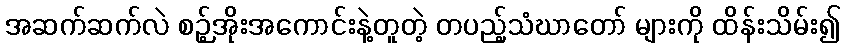
အဆက်ဆက်လဲ စဉ့်အိုးအကောင်းနဲ့တူတဲ့ တပည့်သံဃာတော် များကို ထိန်းသိမ်း၍